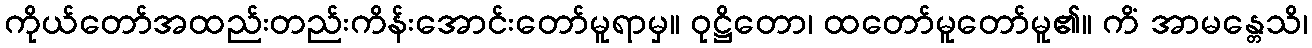
ကိုယ်တော်အထည်းတည်းကိန်းအောင်းတော်မူရာမှ။ ဝုဋ္ဌိတော၊ ထတော်မူတော်မူ၏။ ကိံ အာမန္တေသိ၊